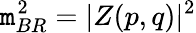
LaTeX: \mathtt{m}_{BR}^{2}=\vert{Z(p,q)}\vert^{2}